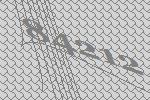
84212